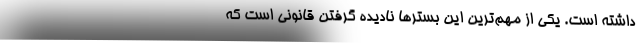
داشته است. یکی از مهم‌ترین این بسترها نادیده گرفتن قانونی است که